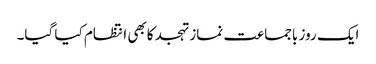
ایک روز باجماعت نماز تہجد کابھی انتظام کیا گیا۔